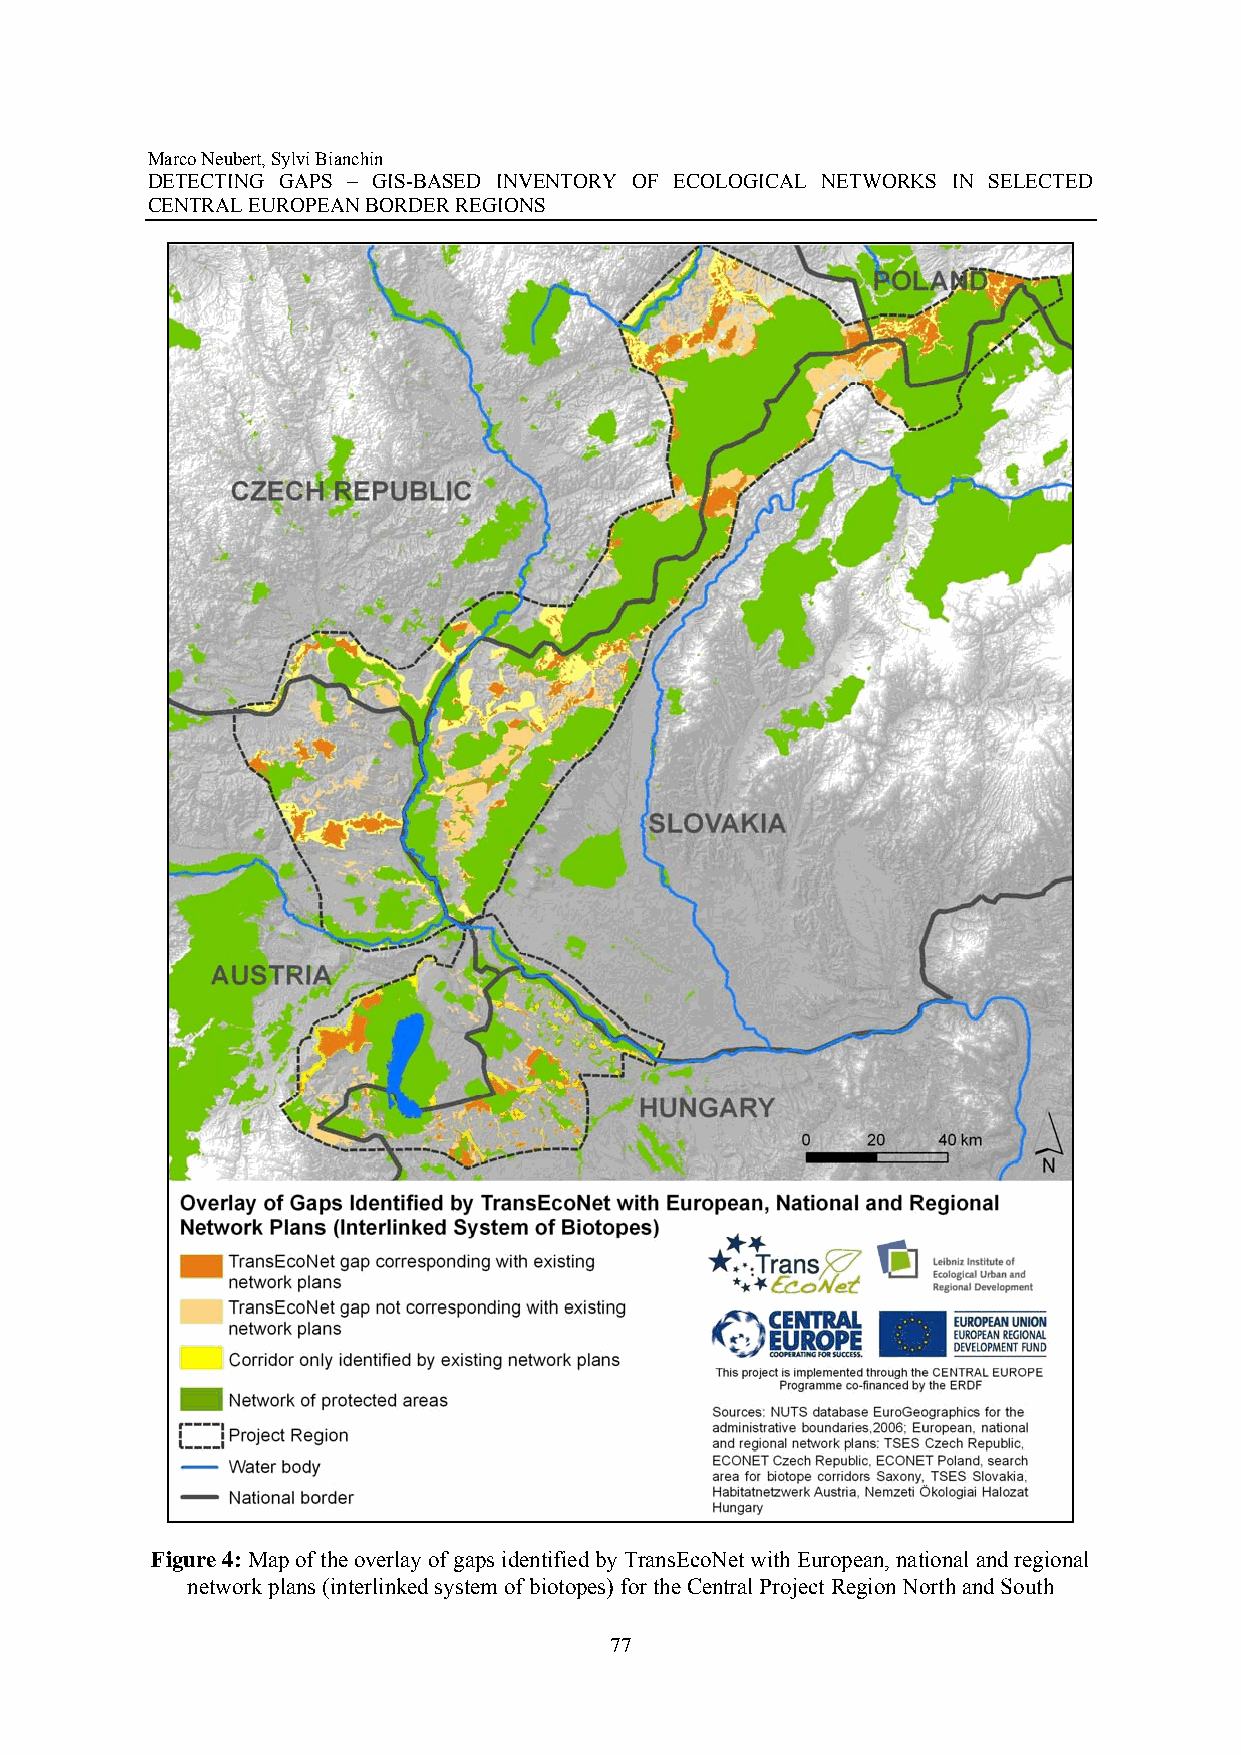
Marco Neubert, Sylvi Bianchin
 DETECTING GAPS – GIS-BASED INVENTORY OF ECOLOGICAL NETWORKS IN SELECTED
 CENTRAL EUROPEAN BORDER REGIONS
 Figure 4: Map of the overlay of gaps identified by TransEcoNet with European, national and regional
 network plans (interlinked system of biotopes) for the Central Project Region North and South
 77